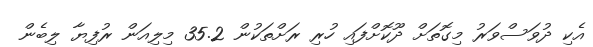
އެކި ދުވަސްވަރު މިގޮތަށް ދޫކޮށްފައި ހުރި ރަށްތަކުން 35.2 މިލިއަން ރުފިޔާ ލިބެން